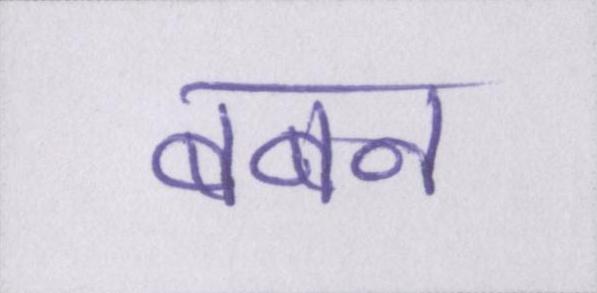
बबन